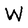
Character: W